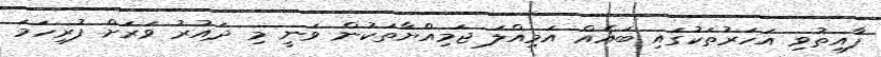
ފާއިތުވި އަހަރުތަކުގައި ބައެއް އަމިއްލަ ޖަމިއްޔާތަކުން ވަނީ މި ދައުރު ވަރަށް ފުރިހަމަ